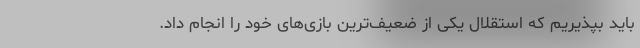
باید بپذیریم که استقلال یکی از ضعیف‌ترین بازی‌های خود را انجام داد.